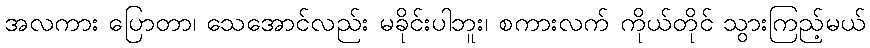
အလကား ပြောတာ၊ သေအောင်လည်း မခိုင်းပါဘူး၊ စကားလက် ကိုယ်တိုင် သွားကြည့်မယ်